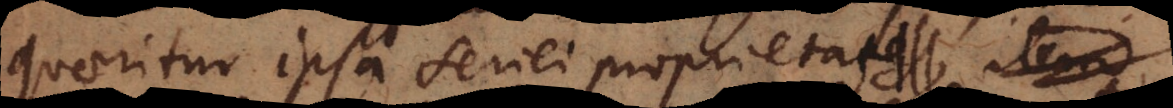
quaeritur ipsa seriei proprietas item